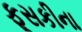
ફૂસકીના